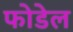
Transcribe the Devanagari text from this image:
फोडेल